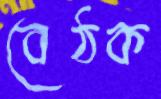
বেঠক